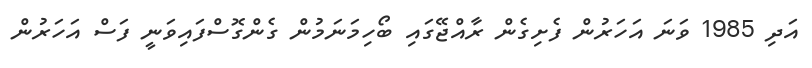
އަދި 1985 ވަނަ އަހަރުން ފެށިގެން ރާއްޖޭގައި ބޯހިމަނަމުން ގެންގޮސްފައިވަނީ ފަސް އަހަރުން